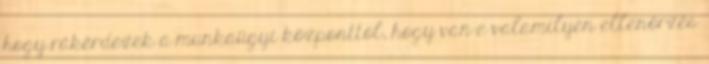
hogy rákérdezek a munkaügyi központtól, hogy van-e valamilyen ellenőrzés